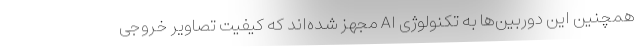
همچنین این دوربین‌ها به تکنولوژی AI مجهز شده‌اند که کیفیت تصاویر خروجی